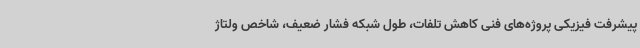
پیشرفت فیزیکی پروژه‌های فنی کاهش تلفات، طول شبکه فشار ضعیف، شاخص ولتاژ